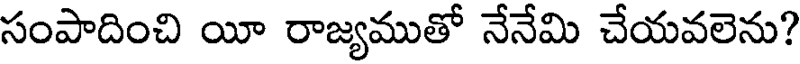
సంపాదించి యీ రాజ్యముతో నేనేమి చేయవలెను?